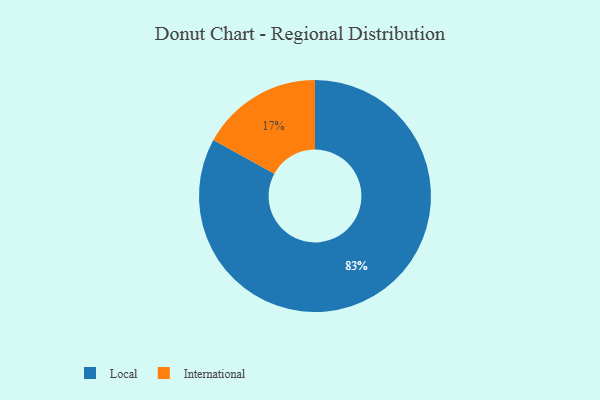
{"axis": {"x": "Category", "y": "Percentage"}, "legend": ["International", "Local"], "data": [{"x": "International", "y": 17, "type": "International"}, {"x": "Local", "y": 83, "type": "Local"}]}